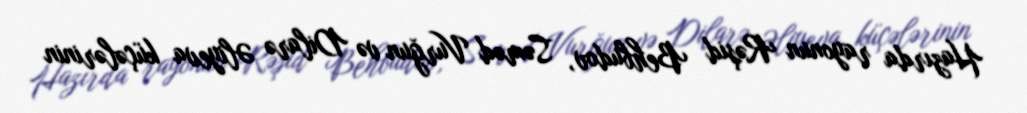
Hazırda rayonun Rəşid Behbudov, Səməd Vurğun və Dilarə Əliyeva küçələrinin